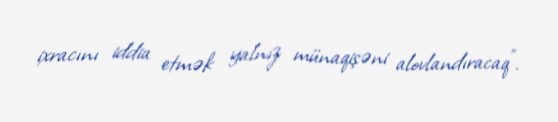
ixracını iddia etmək yalnız münaqişəni alovlandıracaq".